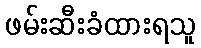
ဖမ်းဆီးခံထားရသူ